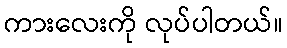
ကားလေးကို လုပ်ပါတယ်။